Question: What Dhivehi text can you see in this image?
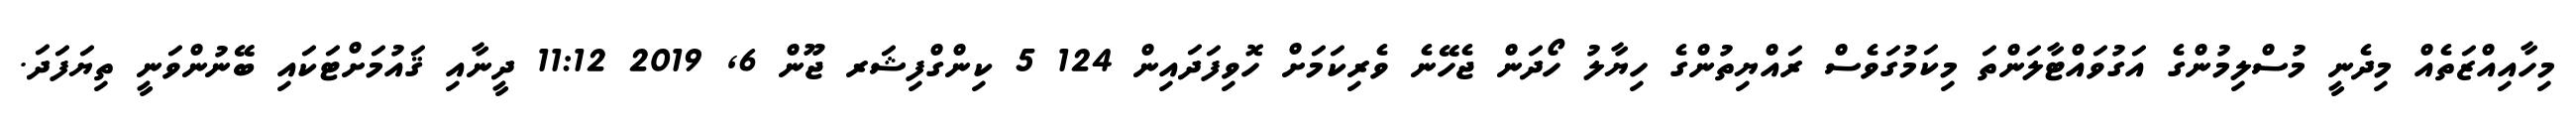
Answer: މިހާއިއްޒަތެއް މިދެނީ މުސްލިމުންގެ އަގުވައްޓާލަންތަ މިކަމުގަވެސް ރައްޔިތުންގެ ހިޔާލު ހޯދަން ޖެހޭނެ ވެރިކަމަށް ހޮވިފަދައިން 124 5 ކިންގްފިޝަރ ޖޫން 6, 2019 11:12 ދީނާއި ޤައުމަށްޓަކައި ބޭނުންވަނީ ތިޔަފަދަ.